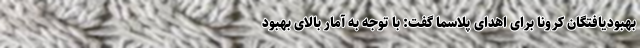
بهبودیافتگان کرونا برای اهدای پلاسما گفت: با توجه به آمار بالای بهبود